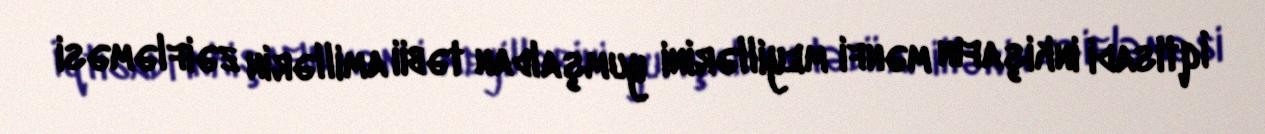
İqtisadi inkişafın mənfi meyillərini yumşaldan təbii amillərin zəifləməsi